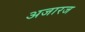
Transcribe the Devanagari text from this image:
अजारज